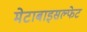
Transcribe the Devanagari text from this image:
मेटाबाइसल्फेट